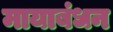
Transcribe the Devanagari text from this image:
मायाबंधन